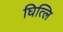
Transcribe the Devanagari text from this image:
घित्लि